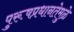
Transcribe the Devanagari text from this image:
पुरूषप्रधानतेमुळे